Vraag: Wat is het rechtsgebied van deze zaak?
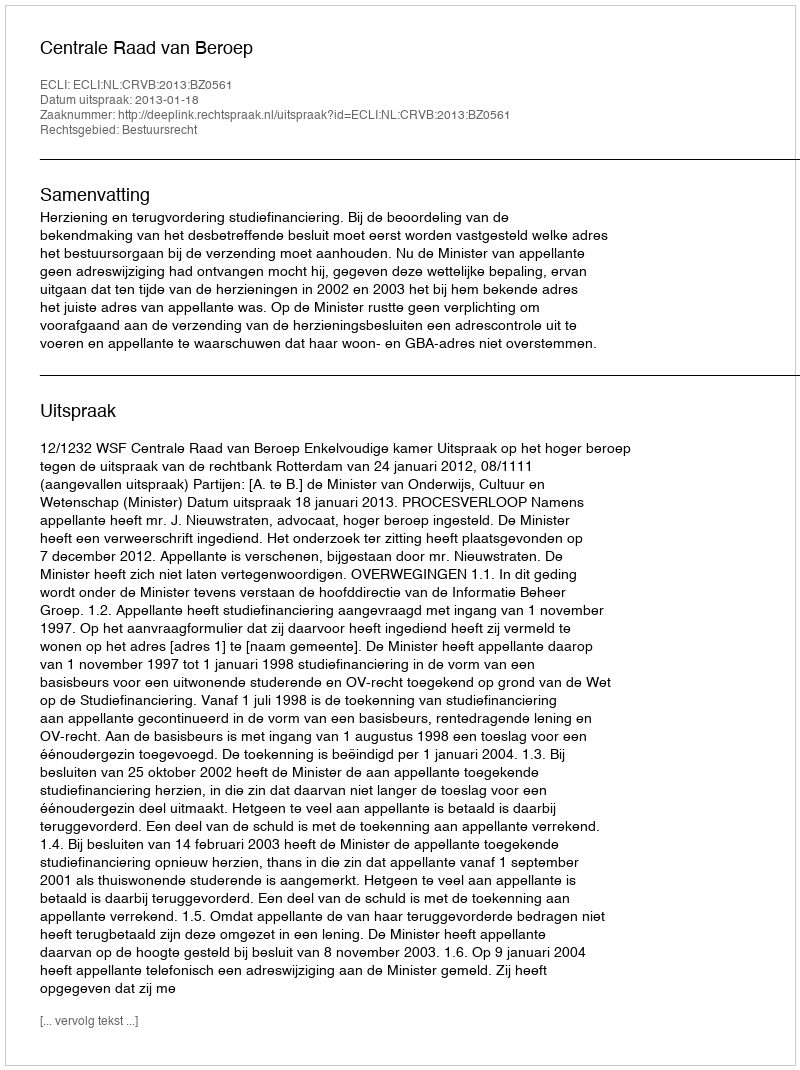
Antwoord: Bestuursrecht